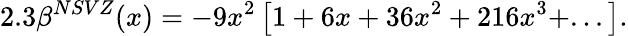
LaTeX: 2.3\beta^{NSVZ}(x)=-9x^{2}\left[1+6x+36x^{2}+216x^{3}+...\right].